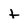
Character: t